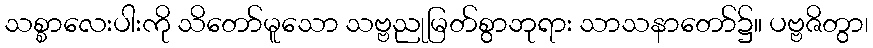
သစ္စာလေးပါးကို သိတော်မူသော သဗ္ဗညုမြတ်စွာဘုရား သာသနာတော်၌။ ပဗ္ဗဇိတွာ၊